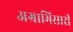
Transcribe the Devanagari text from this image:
अग्राभिसारी